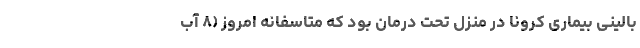
بالینی بیماری کرونا در منزل تحت درمان بود که متاسفانه امروز (۸ آب